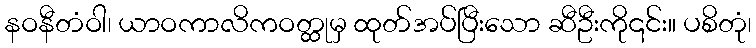
နဝနီတံဝါ၊ ယာဝကာလိကဝတ္ထုမှ ထုတ်အပ်ပြီးသော ဆီဦးကို၎င်း။ ပစိတုံ၊